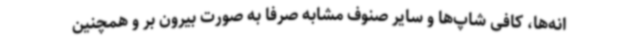
انه‌ها، کافی شاپ‌ها و سایر صنوف مشابه صرفاً به صورت بیرون بر و همچنین